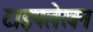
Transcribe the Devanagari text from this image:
टाइपलेखन